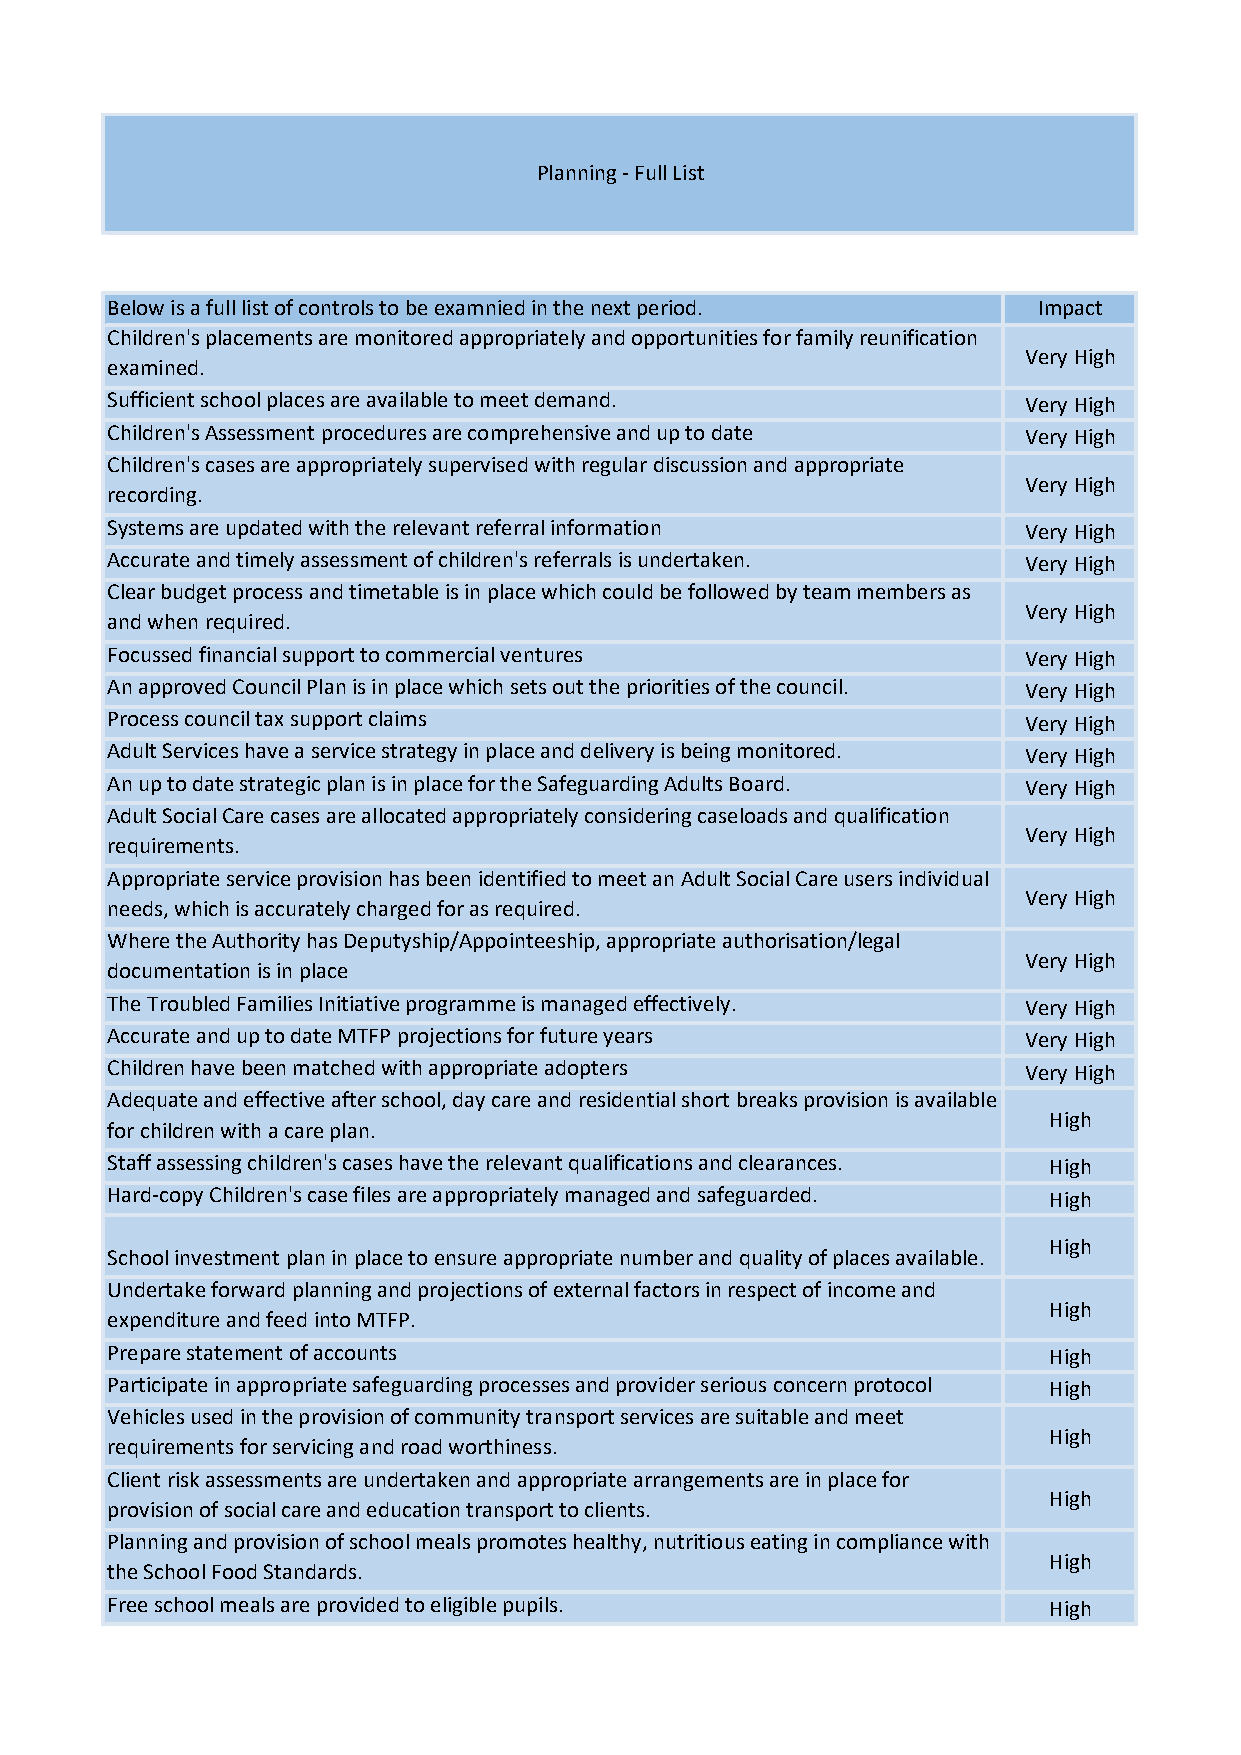
Planning - Full List
 Below is a full list of controls to be examnied in the next period. Impact
 Children's placements are monitored appropriately and opportunities for family reunification
 Very High
 examined.
 Sufficient school places are available to meet demand.       Very High
 Children's Assessment procedures are comprehensive and up to date Very High
 Children's cases are appropriately supervised with regular discussion and appropriate
 Very High
 recording.
 Systems are updated with the relevant referral information   Very High
 Accurate and timely assessment of children's referrals is undertaken. Very High
 Clear budget process and timetable is in place which could be followed by team members as
 Very High
 and when required.
 Focussed financial support to commercial ventures            Very High
 An approved Council Plan is in place which sets out the priorities of the council. Very High
 Process council tax support claims                           Very High
 Adult Services have a service strategy in place and delivery is being monitored. Very High
 An up to date strategic plan is in place for the Safeguarding Adults Board. Very High
 Adult Social Care cases are allocated appropriately considering caseloads and qualification
 Very High
 requirements.
 Appropriate service provision has been identified to meet an Adult Social Care users individual
 Very High
 needs, which is accurately charged for as required.
 Where the Authority has Deputyship/Appointeeship, appropriate authorisation/legal
 Very High
 documentation is in place
 The Troubled Families Initiative programme is managed effectively. Very High
 Accurate and up to date MTFP projections for future years    Very High
 Children have been matched with appropriate adopters         Very High
 Adequate and effective after school, day care and residential short breaks provision is available
 High
 for children with a care plan.
 Staff assessing children's cases have the relevant qualifications and clearances. High
 Hard-copy Children's case files are appropriately managed and safeguarded. High
 High
 School investment plan in place to ensure appropriate number and quality of places available.
 Undertake forward planning and projections of external factors in respect of income and
 High
 expenditure and feed into MTFP.
 Prepare statement of accounts                                 High
 Participate in appropriate safeguarding processes and provider serious concern protocol High
 Vehicles used in the provision of community transport services are suitable and meet
 High
 requirements for servicing and road worthiness.
 Client risk assessments are undertaken and appropriate arrangements are in place for
 High
 provision of social care and education transport to clients.
 Planning and provision of school meals promotes healthy, nutritious eating in compliance with
 High
 the School Food Standards.
 Free school meals are provided to eligible pupils.            High